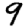
Digit: 9